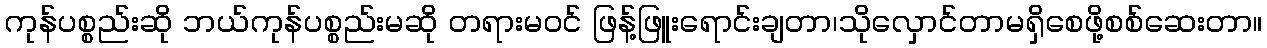
ကုန်ပစ္စည်းဆို ဘယ်ကုန်ပစ္စည်းမဆို တရားမဝင် ဖြန့်ဖြူးရောင်းချတာ၊သိုလှောင်တာမရှိစေဖို့စစ်ဆေးတာ။